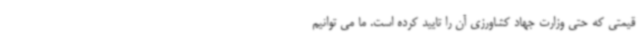
قیمتی که حتی وزارت جهاد کشاورزی آن را تایید کرده است. ما می توانیم